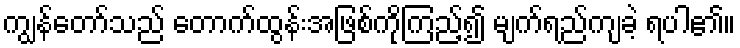
ကျွန်တော်သည် တောက်ထွန်းအဖြစ်ကိုကြည့်၍ မျက်ရည်ကျခဲ့ ရပါ၏။